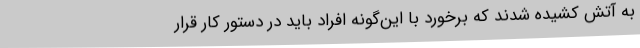
به آتش کشیده شدند که برخورد با این‌گونه افراد باید در دستور کار قرار